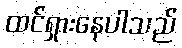
ထင်ရှားနေပါသည်